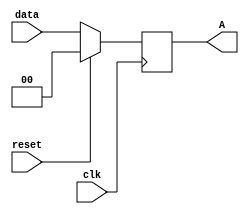
module reg1 #(parameter W=2) (input clk,reset,input [W-1:0] data,
output reg [W-1:0] A);


always @(posedge clk)
begin
	if(reset) A<=0;
	else A<=data;
end
		
endmodule